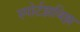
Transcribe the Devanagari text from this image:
स्पोर्टझबिझ